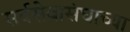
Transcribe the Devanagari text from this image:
सर्वसेवासंघाच्या